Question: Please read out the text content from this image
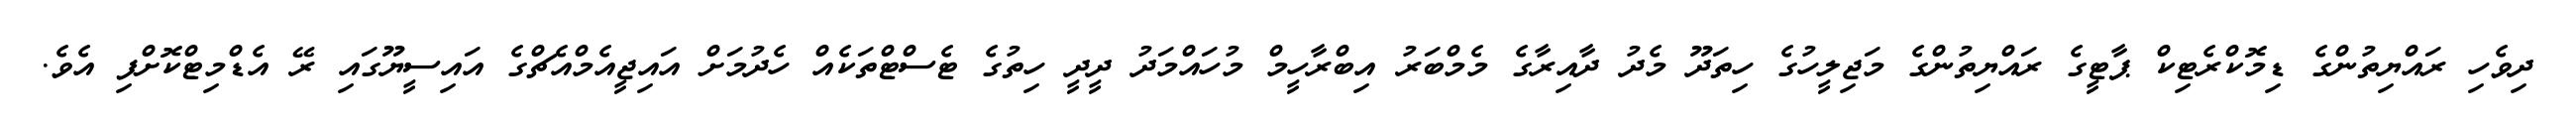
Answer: ދިވެހި ރައްޔިތުންގެ ޑިމޮކްރެޓިކް ޕާޓީގެ ރައްޔިތުންގެ މަޖިލީހުގެ ހިތަދޫ މެދު ދާއިރާގެ މެމްބަރު އިބްރާހީމް މުހައްމަދު ދީދީ ހިތުގެ ޓެސްޓްތަކެއް ހެދުމަށް އައިޖީއެމްއެޗްގެ އައިސީޔޫގައި ރޭ އެޑްމިޓްކޮށްފި އެވެ.